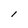
Character: l